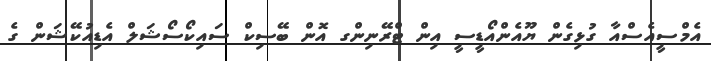
އެމްސީއެސްއާ ގުޅިގެން ޔޫއެންއޯޑީސީ އިން ޓްރޭނިންގ އޮން ބޭސިކް ސައިކޯސޯޝަލް އެޑިއުކޭޝަން ގެ